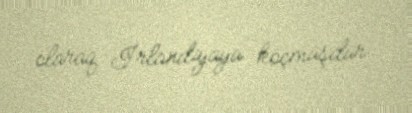
olaraq İrlandiyaya köçmüşdür.